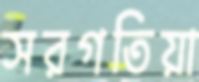
সরগতিয়া